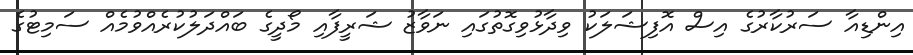
އިންޑިއާ ސަރުކާރުގެ އިސް އޮފިޝަލަކު ވިދާޅުވިގޮތުގައި ނަވާޒު ޝަރީފާއި މޯދީގެ ބައްދަލުކުރެއްވުމެއް ސަމިޓުގެ